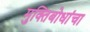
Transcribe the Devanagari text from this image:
मुक्तिबोधांचा